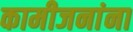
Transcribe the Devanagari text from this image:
कामीजनांना